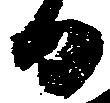
日